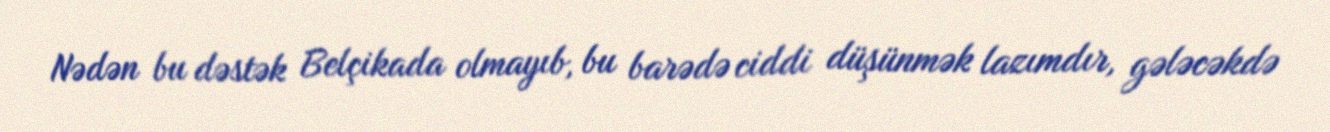
Nədən bu dəstək Belçikada olmayıb, bu barədə ciddi düşünmək lazımdır, gələcəkdə